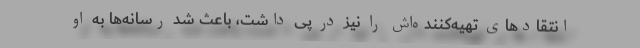
انتقادهای تهیه‌کننده‌اش را نیز در پی داشت، باعث شد رسانه‌ها به او